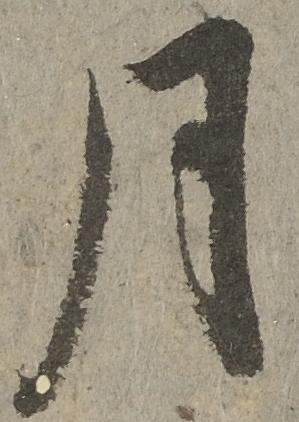
月